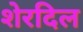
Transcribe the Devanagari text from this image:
शेरदिल